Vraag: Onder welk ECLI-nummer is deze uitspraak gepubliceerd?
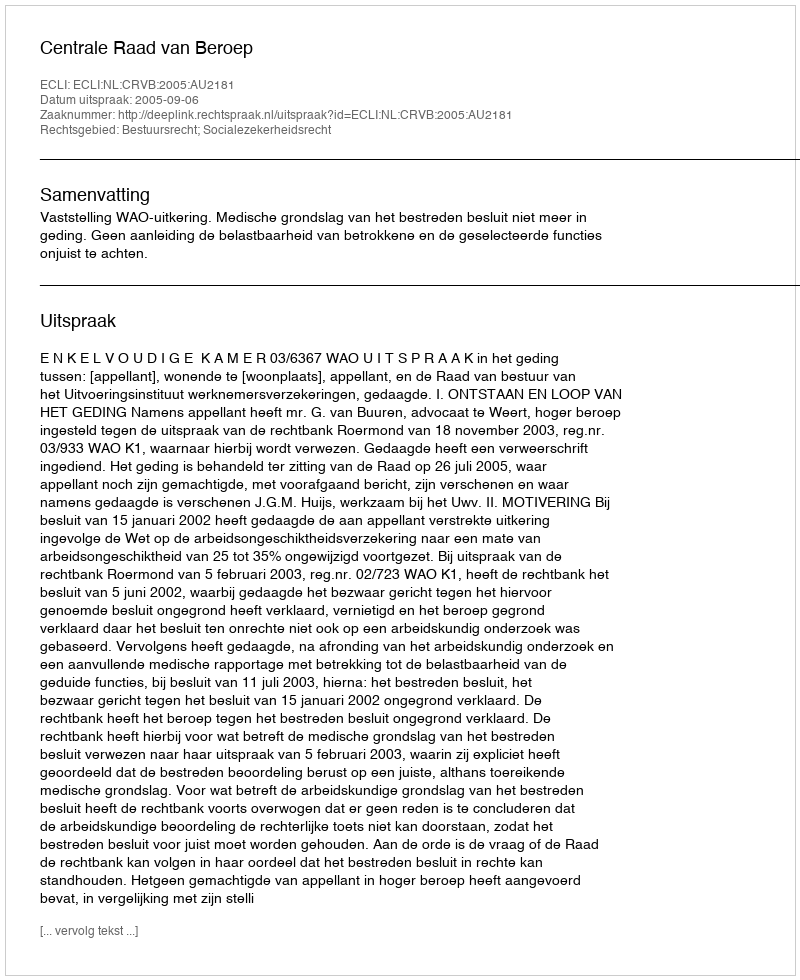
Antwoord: ECLI:NL:CRVB:2005:AU2181